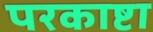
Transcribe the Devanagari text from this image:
परकाष्टा